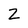
Character: Z